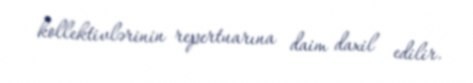
kollektivlərinin repertuarına daim daxil edilir.